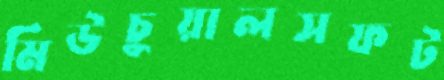
মিউচুয়ালসফট